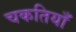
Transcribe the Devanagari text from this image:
चकतियाँ